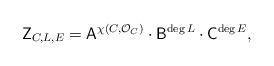
LaTeX: \begin{align*}\mathsf Z_{C, L, E}=\mathsf A^{\chi(C, \mathcal O_C)} \cdot {\mathsf B}^{\deg L}\cdot \mathsf C^{\deg E},\end{align*}